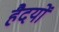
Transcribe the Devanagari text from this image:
हैदयों